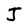
Character: J